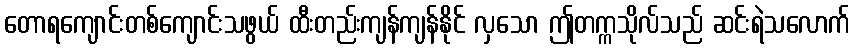
တောရကျောင်းတစ်ကျောင်းသဖွယ် ထီးတည်းကျန်ကျန်နိုင် လှသော ဤတက္ကသိုလ်သည် ဆင်းရဲသလောက်